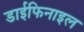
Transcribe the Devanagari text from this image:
डाईफिनाइल